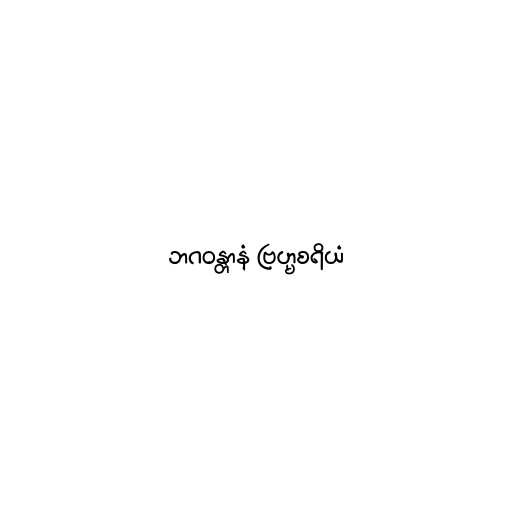
ဘဂဝန္တာနံ ဗြဟ္မစရိယံ